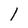
Character: l